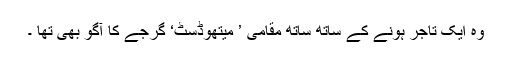
وہ ایک تاجر ہونے کے ساتھ ساتھ مقامی ’ میتھوڈسٹ‘ گرجے کا آگو بھی تھا ۔